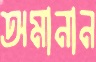
অমানান